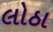
લોઠા